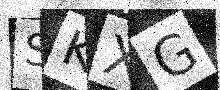
Text: SKXG